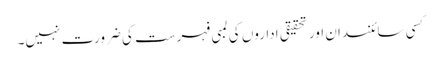
کسی سائنسدان اور تحقیقی اداروں کی لمبی فہرست کی ضرورت نہیں۔